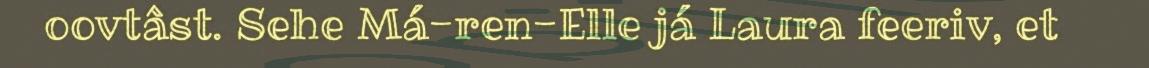
oovtâst. Sehe Má-ren-Elle já Laura feeriv, et